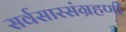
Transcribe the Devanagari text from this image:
सर्वसारसंग्रहणी